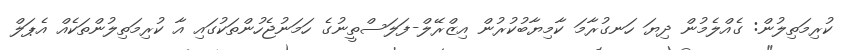
ކުރިމަތިލުން: ގެއްލެމުން ދިޔަ ހަނގުރާމަ ކާމިޔާބުކުރުން އިޒްރޭލް-ފަލަސްތީނުގެ ހަމަނުޖެހުންތަކުގައި އާ ކުރިމަތިލުންތަކެއް އެޕަލް